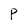
Character: P